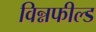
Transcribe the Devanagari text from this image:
विन्नफील्ड